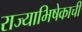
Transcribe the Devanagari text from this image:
राज्याभिषेकाची